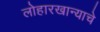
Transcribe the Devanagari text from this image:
लोहारखान्याचे